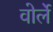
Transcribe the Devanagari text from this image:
वोर्ले